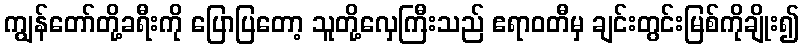
ကျွန်တော်တို့ခရီးကို ပြောပြတော့ သူတို့လှေကြီးသည် ဧရာဝတီမှ ချင်းတွင်းမြစ်ကိုချိုး၍